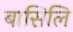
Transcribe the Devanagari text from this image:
बासिलि